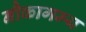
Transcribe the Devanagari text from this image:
नौकागम्य